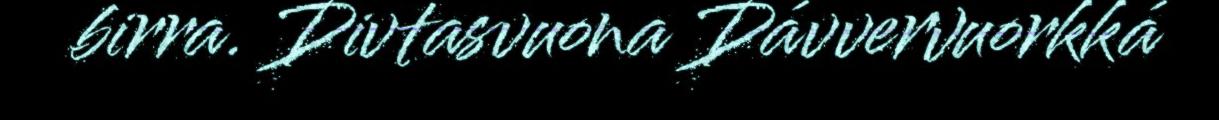
birra. Divtasvuona Dávvervuorkká